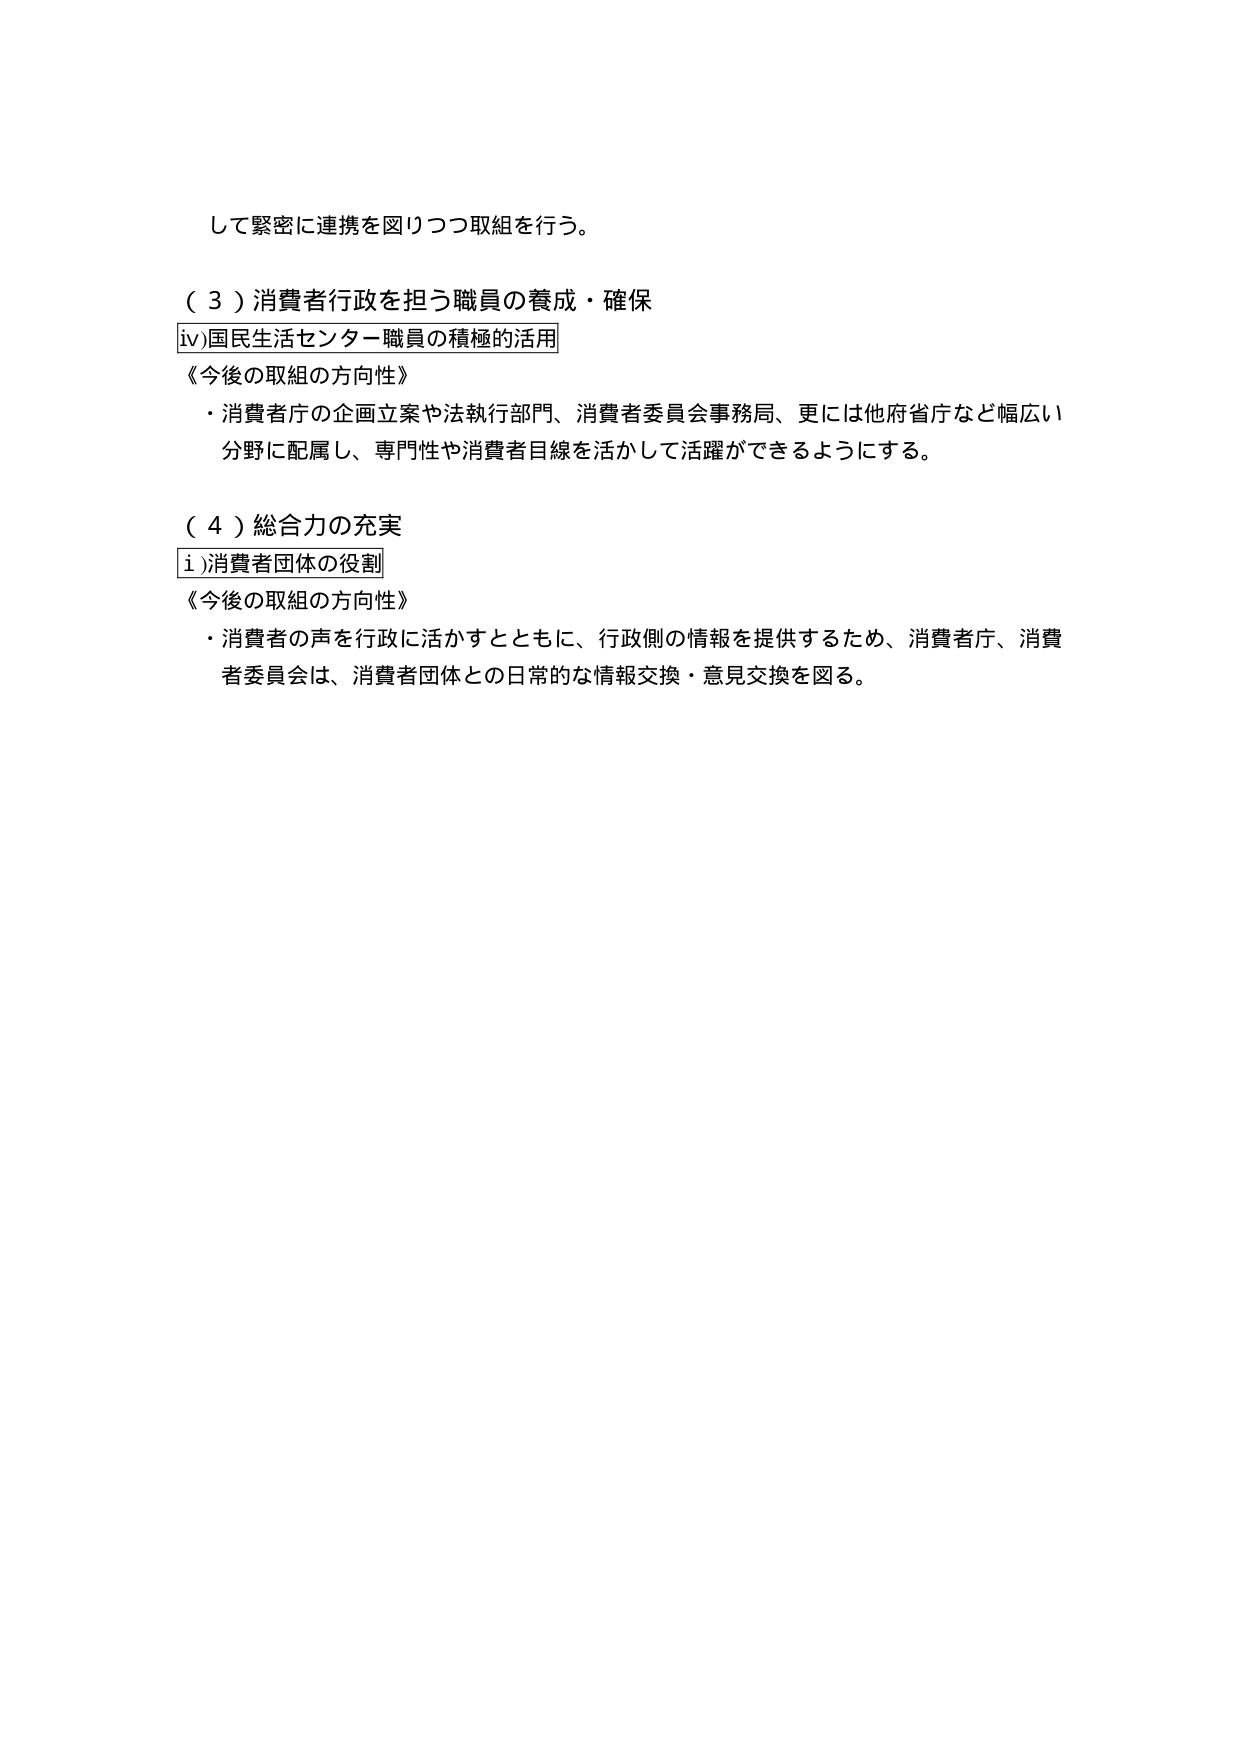
して緊密に連携を図りつつ取組を行う。

（３）消費者行政を担う職員の養成・確保
iv)国民生活センター職員の積極的活用
《今後の取組の方向性》
・消費者庁の企画立案や法執行部門、消費者委員会事務局、更には他府省庁など幅広い
分野に配属し、専門性や消費者目線を活かして活躍ができるようにする。

（４）総合力の充実
i )消費者団体の役割
《今後の取組の方向性》
・消費者の声を行政に活かすとともに、行政側の情報を提供するため、消費者庁、消費者委員会は、消費者団体との日常的な情報交換・意見交換を図る。